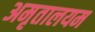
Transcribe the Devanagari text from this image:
अमृतालयम